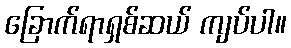
ခြောက်ရာရှစ်ဆယ် ကျပ်ပါ။